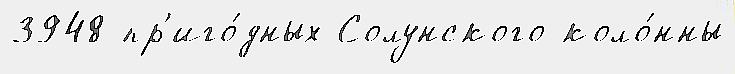
3948 пр'иго́дных Солунского коло́нны